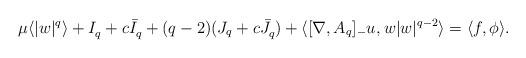
LaTeX: \begin{align*}\mu \langle |w|^q \rangle + I_q^{} + c\bar{I}_{q}^{} + (q-2)(J_q + c\bar{J}_{q}^{})+ \langle [\nabla,A_q]_-u^{}, w|w|^{q-2}\rangle = \langle f, \phi \rangle.\end{align*}